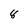
Character: 8